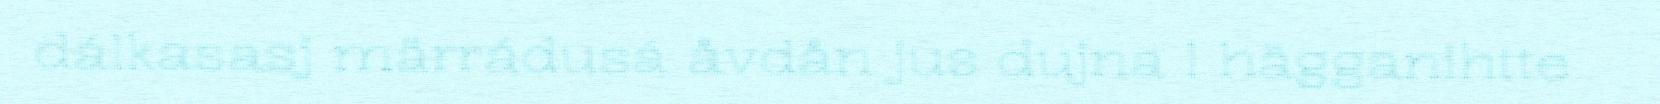
dálkasasj märrádusá åvdån jus dujna l hägganihtte